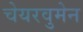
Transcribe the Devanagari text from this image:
चेयरवुमेन